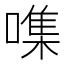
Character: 㗱